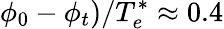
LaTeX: \phi_{0}-\phi_{t})/T_{e}^{*}\approx 0.4